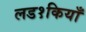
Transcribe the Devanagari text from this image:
लड१कियाँ